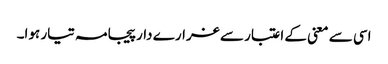
اسی سے معنی کے اعتبار سے غرارے دار پیجامہ تیار ہوا۔